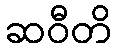
ဆဝီတိ